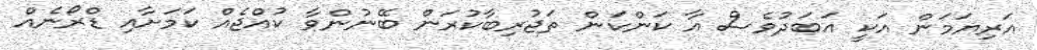
އަރިޔަމަން އަކީ އަބަދުވެސް އާ ކަންކަން ތަޖުރިބާކުރަން ބޭނުންވާ ކުއްޖެއް ކަމަށާއި ޑްރޯނެއް